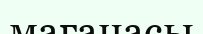
мағанасы